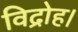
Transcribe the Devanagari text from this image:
विद्रोह।